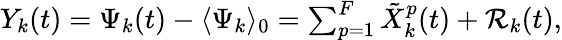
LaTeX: \begin{array}{r}{Y_{k}(t)=\Psi_{k}(t)-\langle\Psi_{k}\rangle_{0}=\sum_{p=1}^{F}\tilde{X}_{k}^{p}(t)+\mathcal{R}_{k}(t),}\end{array}